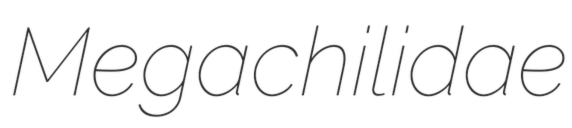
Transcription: Megachilidae